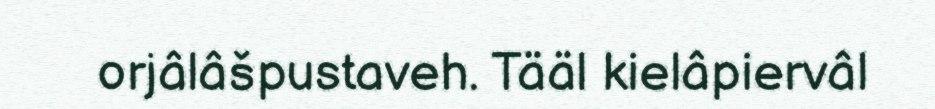
orjâlâšpustaveh. Tääl kielâpiervâl